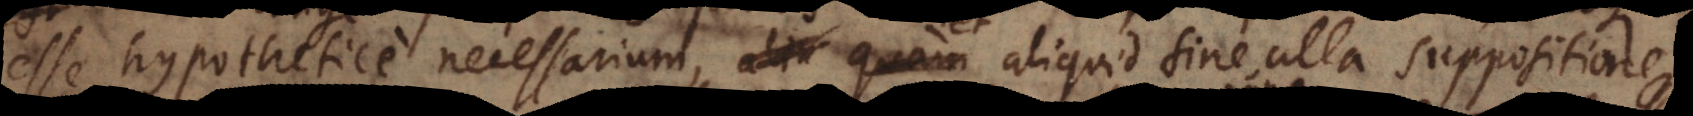
esse hypothetice necessarium, et aliquid sine ulla suppositione